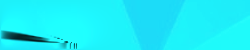
دخول الموظفين